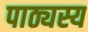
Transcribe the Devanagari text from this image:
पाठ्यस्य